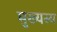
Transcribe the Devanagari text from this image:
मुख्यस्य